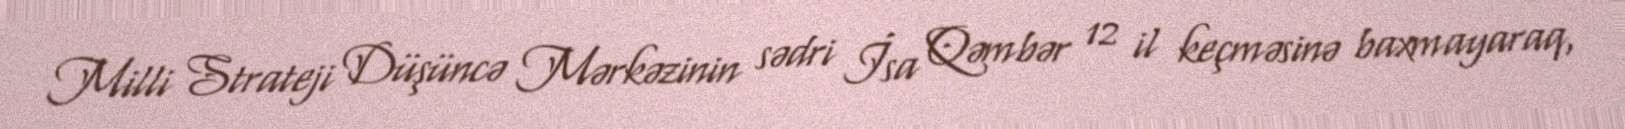
Milli Strateji Düşüncə Mərkəzinin sədri İsa Qəmbər 12 il keçməsinə baxmayaraq,